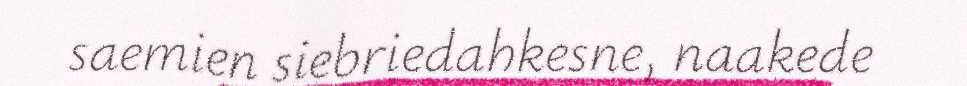
saemien siebriedahkesne, naakede